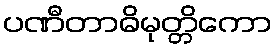
ပဏီတာဓိမုတ္တိကော